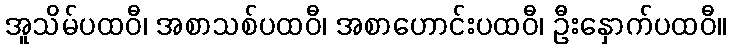
အူသိမ်ပထဝီ၊ အစာသစ်ပထဝီ၊ အစာဟောင်းပထဝီ၊ ဦးနှောက်ပထဝီ။